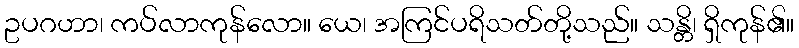
ဥပဂဟာ၊ ကပ်လာကုန်လော။ ယေ၊ အကြင်ပရိသတ်တို့သည်။ သန္တိ၊ ရှိကုန်၏။